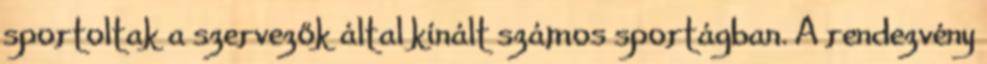
sportoltak a szervezők által kínált számos sportágban. A rendezvény